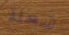
شعلة